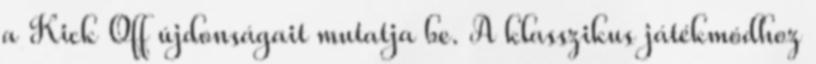
a Kick Off újdonságait mutatja be. A klasszikus játékmódhoz